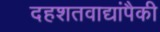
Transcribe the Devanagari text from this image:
दहशतवाद्यांपैकी